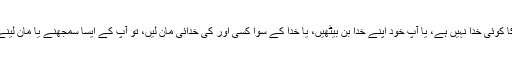
بالکل اسی طرح اگر آپ یہ سمجھ بیٹھیں کہ اس دنیا کا کوئی خدا نہیں ہے، یا آپ خود اپنے خدا بن بیٹھیں، یا خدا کے سوا کسی اور کی خدائی مان لیں، تو آپ کے ایسا سمجھنے یا مان لینے سے حقیقت ہرگز نہ بدلے گی، خدا خدا ہی رہے گا۔